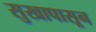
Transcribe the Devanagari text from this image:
सुखापासून